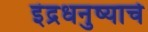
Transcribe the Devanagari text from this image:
इंद्रधनुष्याचे